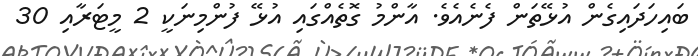
ބައިހަދައިގެން އުޅޭތަން ފެނެއެވެ. އާންމު ގޮތެއްގައި އުޅޭ ފުންމިނަކީ 2 މީޓަރާއި 30